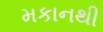
મકાનથી